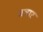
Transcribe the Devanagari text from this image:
जबार